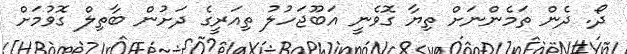
ދޯ. ދެން ތަމެންނަށް ތިޔާ ގޮވެނީ އަބޫޖަހުލު ތިއަރީގެ ދަށުން ބާތިލް ގޮވުމަށް